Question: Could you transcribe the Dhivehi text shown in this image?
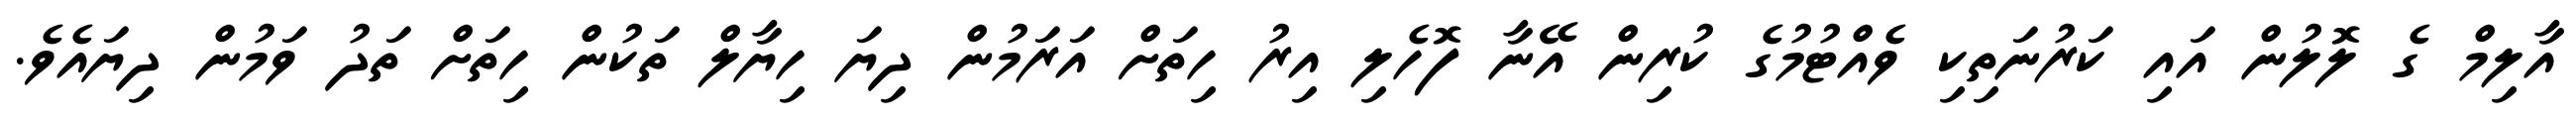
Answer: އާލިމް ގެ ލޮލުން އައި ކަރުނަތިކި ވެއްޓުމުގެ ކުރިން އޭނާ ފޮހެލި އިރު ހިތަށް އަރަމުން ދިޔަ ހިޔާލް ތަކުން ހިތަށް ތަދު ވަމުން ދިޔައެވެ.